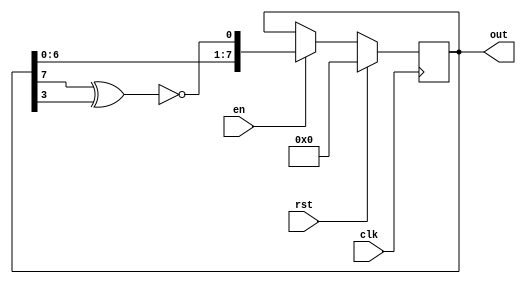
module lfsrCounter(
    input wire clk,
    input wire rst,
    input wire en,
    output reg [7:0] out
);
    wire feedback;
    assign feedback = !(out[7]^out[3]);

    always @(posedge clk) begin
        if (rst == 1'b1)begin
            out <= 8'b0;
        end
        else if (en == 1'b1) begin
            out <= {out[6],out[5],out[4],out[3],out[2],out[1],out[0],feedback};
        end
    end

endmodule